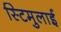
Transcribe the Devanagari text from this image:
स्टिमुलाई